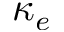
\kappa _ { e }